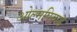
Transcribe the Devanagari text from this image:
ओल्मपियाड